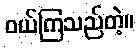
ဝယ်ကြသည်တဲ့။